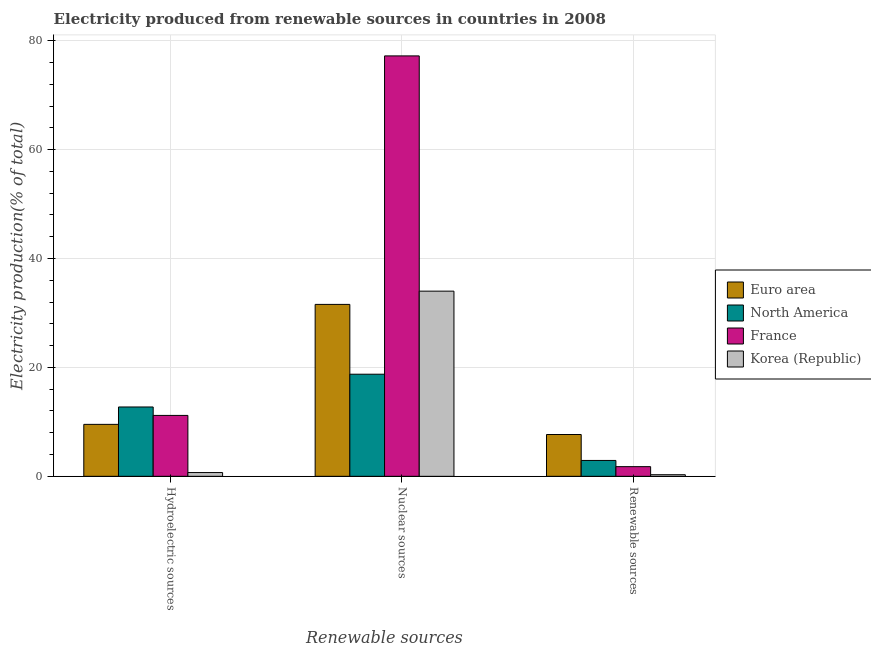
| Renewable sources | Euro area | North America | France | Korea (Republic) |
 | --- | --- | --- | --- | --- |
 | Hydroelectric sources | 9.54 | 12.7 | 11.2 | 0.692 |
 | Nuclear sources | 31.6 | 18.7 | 77.2 | 34 |
 | Renewable sources | 7.68 | 2.92 | 1.78 | 0.294 |